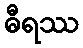
ဓီရဿ